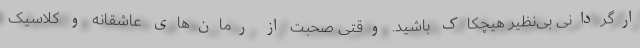
ارگردانی بی‌نظیر هیچکاک باشید. وقتی صحبت از رمان‌های عاشقانه و کلاسیک